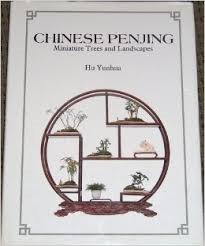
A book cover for Chinese Penjing: Miniature Trees and Landscapes; Hu Yunhua; Crafts, Hobbies & Home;